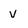
Character: v